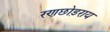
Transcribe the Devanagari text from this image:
रणछोड़राय